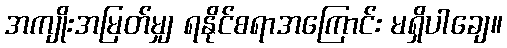
အကျိုးအမြတ်မျှ ရနိုင်စရာအကြောင်း မရှိပါချေ။